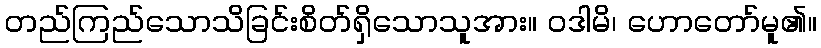
တည်ကြည်သောသိခြင်းစိတ်ရှိသောသူအား။ ဝဒါမိ၊ ဟောတော်မူ၏။